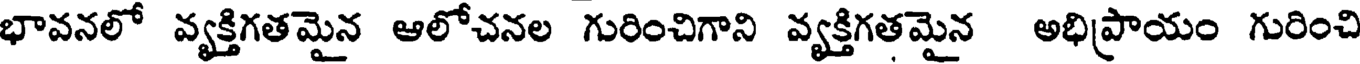
భావనలో వ్యక్తిగతమైన ఆలోచనల గురించిగాని వ్యక్తిగతమైన అభిప్రాయం గురించి